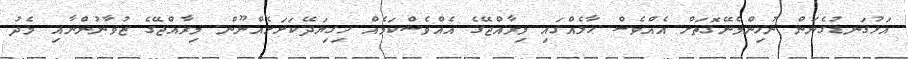
އަޅުގަނޑުގެނަން ނުހިންމެނޭގޮތަށް އެއްވެސް ޙާލެއްގައި މިރާއްޖޭގެ އެއްވެސްކަމެއް ހިގިޔަދޭކަށަށެއްނޫން. މިރާއްޖޭގެ ޒުވާނުންނާއި މެދު